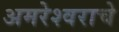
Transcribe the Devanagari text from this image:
अमरेश्वराचे